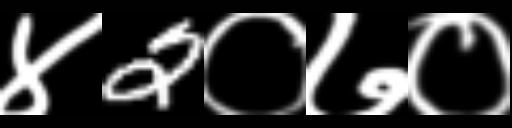
Text: ४2०७०